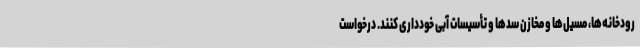
رودخانه‌ها، مسیل‌ها و مخازن سدها و تأسیسات آبی خودداری کنند. درخواست